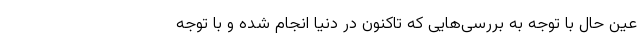
عین حال با توجه به بررسی‌هایی که تاکنون در دنیا انجام شده و با توجه